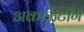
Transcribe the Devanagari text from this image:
अकाऊंटींग